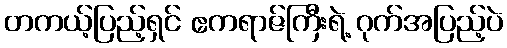
တကယ့်ပြည့်ရှင် ဧကရာဇ်ကြီးရဲ့ ဂုက်အပြည့်ပဲ